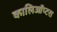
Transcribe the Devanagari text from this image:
कालिऑप्टरा